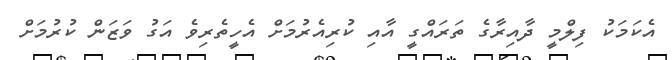
އެކަމަކު ފިލްމީ ދާއިރާގެ ތަރައްގީ އާއި ކުރިއެރުމަށް އެހީތެރިވެ އަގު ވަޒަން ކުރުމަށް